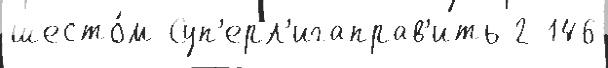
шесто́м Суп'ерл'игаправ'ить 2 146